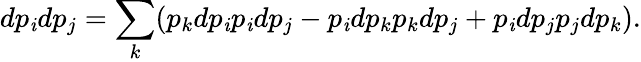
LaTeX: dp_{\mathit{i}}dp_{j}=\sum_{k}(p_{k}dp_{\mathit{i}}p_{\mathit{i}}dp_{j}-p_{\mathit{i}}dp_{k}p_{k}dp_{j}+p_{\mathit{i}}dp_{j}p_{j}dp_{k}).